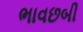
ભાવછબી